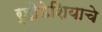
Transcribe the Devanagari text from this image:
र्‍होडेशियाचे